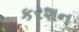
કરશન